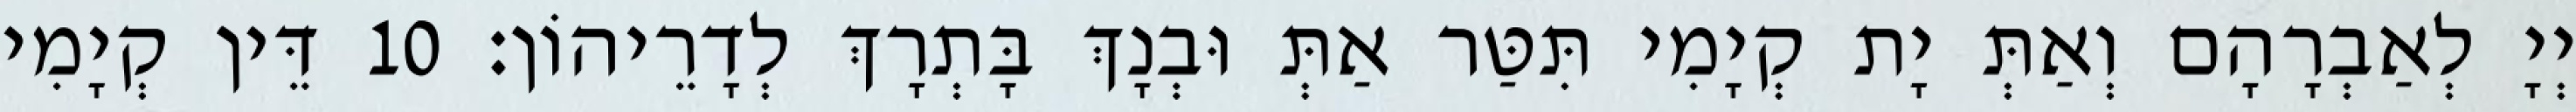
יְיָ לְאַבְרָהָם וְאַתְּ יָת קְיָמִי תִּטַּר אַתְּ וּבְנָךְ בָּתְרָךְ לְדָרֵיהוֹן׃ 10 דֵּין קְיָמִי